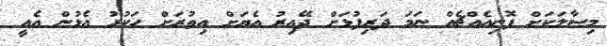
މިސާލަކަށް ފޮނިއެއްޗެއް ނަމަ ދަރިފުޅަށް ދޭއިރު އެޔަށް އިތުރަށް ހަކުރު އެޅުން އެއީ